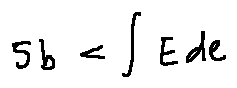
5 b < \int E d e